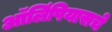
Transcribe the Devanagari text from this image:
ऑलिंपियासचे